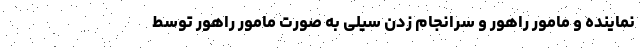
نماینده و مامور راهور و سرانجام زدن سیلی به صورت مامور راهور توسط